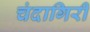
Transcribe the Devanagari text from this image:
चंदागिरी